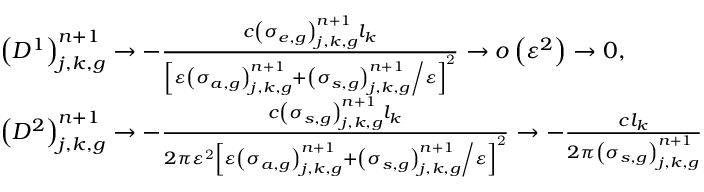
\begin{array} { l } { { \left( D ^ { 1 } \right) _ { j , k , g } ^ { n + 1 } \to - \frac { c \left( \sigma _ { e , g } \right) _ { j , k , g } ^ { n + 1 } l _ { k } } { \left[ \varepsilon \left( \sigma _ { a , g } \right) _ { j , k , g } ^ { n + 1 } + { \left( \sigma _ { s , g } \right) _ { j , k , g } ^ { n + 1 } \mathord { \left/ { \vphantom { \left( \sigma _ { s , g } \right) _ { j , k , g } ^ { n + 1 } \varepsilon } } \right. \kern - \nulldelimiterspace } \varepsilon } \right] ^ { \mathrm { 2 } } } \to o \left( \varepsilon ^ { 2 } \right) \to 0 \mathrm { , } } } \\ { { \left( D ^ { 2 } \right) _ { j , k , g } ^ { n + 1 } \to - \frac { c \left( \sigma _ { s , g } \right) _ { j , k , g } ^ { n + 1 } l _ { k } } { 2 \pi \varepsilon ^ { \mathrm { 2 } } \left[ \varepsilon \left( \sigma _ { a , g } \right) _ { j , k , g } ^ { n + 1 } + { \left( \sigma _ { s , g } \right) _ { j , k , g } ^ { n + 1 } \mathord { \left/ { \vphantom { \left( \sigma _ { s , g } \right) _ { j , k , g } ^ { n + 1 } \varepsilon } } \right. \kern - \nulldelimiterspace } \varepsilon } \right] ^ { \mathrm { 2 } } } \to - \frac { c l _ { k } } { 2 \pi \left( \sigma _ { s , g } \right) _ { j , k , g } ^ { n + 1 } } } } \end{array}